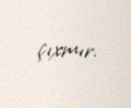
çıxmır.